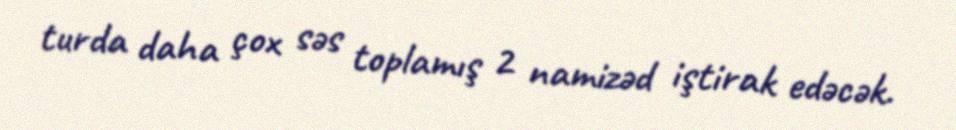
turda daha çox səs toplamış 2 namizəd iştirak edəcək.